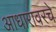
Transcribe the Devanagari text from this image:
आधारावरचे